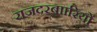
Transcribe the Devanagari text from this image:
राजदरबाारियों